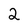
Character: 2